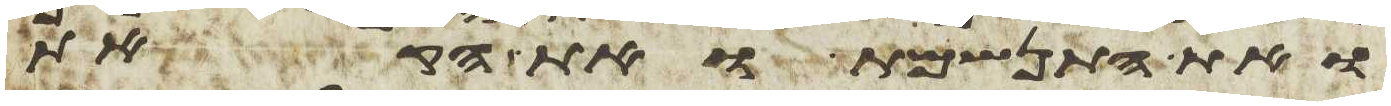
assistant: ואת התנשמת ואת הקאת